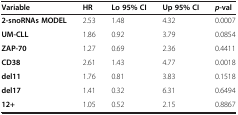
<table><thead><tr><td><b>Variable</b></td><td><b>HR</b></td><td><b>Lo 95% CI</b></td><td><b>Up 95% CI</b></td><td><b><i>p</i>-val</b></td></tr></thead><tbody><tr><td><b>2-snoRNAs MODEL</b></td><td>2.53</td><td>1.48</td><td>4.32</td><td>0.0007</td></tr><tr><td><b>UM-CLL</b></td><td>1.86</td><td>0.92</td><td>3.79</td><td>0.0854</td></tr><tr><td><b>ZAP-70</b></td><td>1.27</td><td>0.69</td><td>2.36</td><td>0.4411</td></tr><tr><td><b>CD38</b></td><td>2.61</td><td>1.43</td><td>4.77</td><td>0.0018</td></tr><tr><td><b>del11</b></td><td>1.76</td><td>0.81</td><td>3.83</td><td>0.1518</td></tr><tr><td><b>del17</b></td><td>1.41</td><td>0.32</td><td>6.31</td><td>0.6494</td></tr><tr><td><b>12+</b></td><td>1.05</td><td>0.52</td><td>2.15</td><td>0.8867</td></tr></tbody></table>